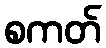
စကတ်